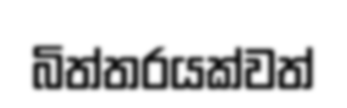
බිත්තරයක්වත්